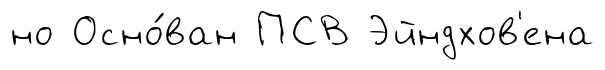
но Осно́ван ПСВ Эйндхов'ена